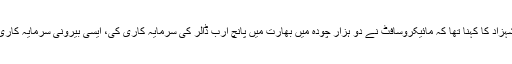
ایک اور پاکستانی ماہر خرم شہزاد کا کہنا تھا کہ مائیکروسافٹ نے دو ہزار چودہ میں بھارت میں پانچ ارب ڈالر کی سرمایہ کاری کی، ایسی بیرونی سرمایہ کاری پاکستان میں بھی ممکن ہے۔